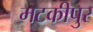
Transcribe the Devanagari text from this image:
मटकीपुर